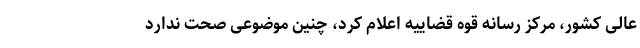
عالی کشور، مرکز رسانه قوه قضاییه اعلام کرد، چنین موضوعی صحت ندارد